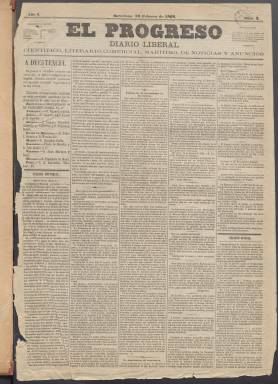
Título: El Progreso (Barcelona)
Colección: Periódicos
Ámbito geográfico: Barcelona
Lugar de publicación: Barcelona
Fechas: 16/02/1868-10/04/1868